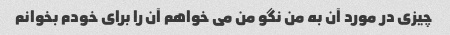
چیزی در مورد آن به من نگو من می خواهم آن را برای خودم بخوانم